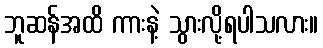
ဘူဆန်အထိ ကားနဲ့ သွားလို့ရပါသလား။